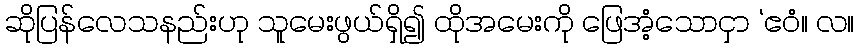
ဆိုပြန်လေသနည်းဟု သူမေးဖွယ်ရှိ၍ ထိုအမေးကို ဖြေအံ့သောငှာ ‘ဧဝံ။ လ။